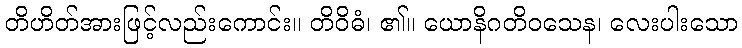
တိဟိတ်အားဖြင့်လည်းကောင်း။ တိဝိဓံ၊ ၏။ ယောနိဂတိဝသေန၊ လေးပါးသော